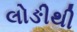
લોઙીથી